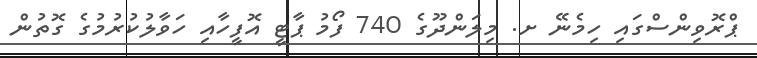
ޕްރޮވިންސްގައި ހިމެނޭ ށ. މިލަންދޫގެ 740 ފޯމު ޕާޓީ އޮފީހާއި ހަވާލުކުރުމުގެ ގޮތުން